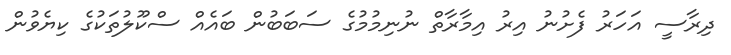
ދިރާސީ އަހަރު ފެށުނު އިރު އިމާރާތް ނުނިމުމުގެ ސަބަބުން ބައެއް ސްކޫލުތަކުގެ ކިޔެވުން